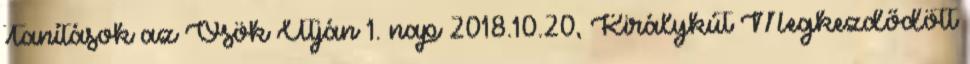
Tanítások az Ősök Útján 1. nap 2018.10.20, Királykút Megkezdődött